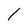
Character: 1